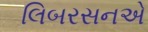
લિબરસનએ